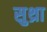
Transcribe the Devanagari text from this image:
सुथ्रा